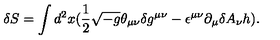
\delta S = \int d ^ { 2 } x ( \frac { 1 } { 2 } \sqrt { - g } \theta _ { \mu \nu } \delta g ^ { \mu \nu } - \epsilon ^ { \mu \nu } \partial _ { \mu } \delta A _ { \nu } h ) .